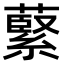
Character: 𫉺